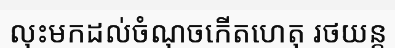
លុះមកដល់ចំណុចកើតហេតុ រថយន្ត